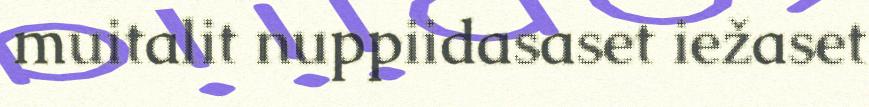
muitalit nuppiidasaset iežaset